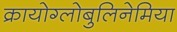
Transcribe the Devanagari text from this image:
क्रायोग्लोबुलिनेमिया